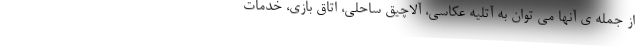
از جمله ی آنها می توان به آتلیه عکاسی، آلاچیق ساحلی، اتاق بازی، خدمات